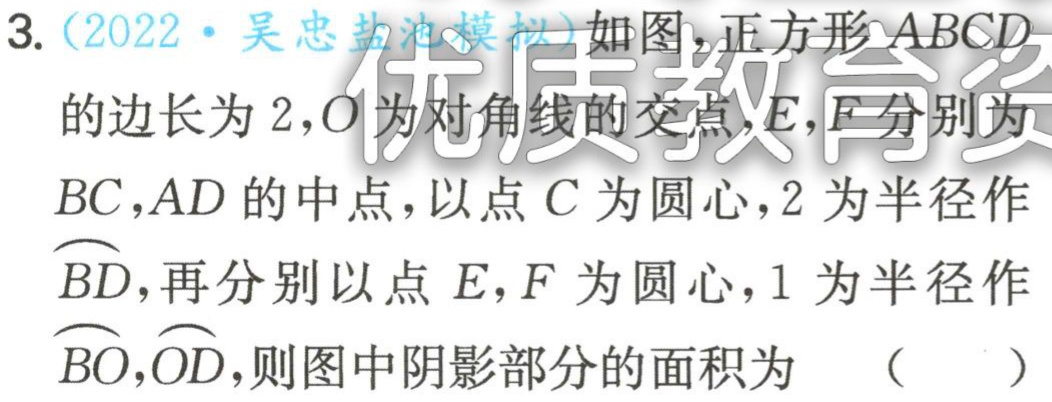
3.（2022·吴忠盐池模拟）如图，正方形\(ABCD\)的边长为\(2\)，\(O\)为对角线的交点，\(E,F\)分别为\(BC,AD\)的中点，以点\(C\)为圆心，\(2\)为半径作\(\overset{\frown}{BD}\)，再分别以点\(E,F\)为圆心，\(1\)为半径作\(\overset{\frown}{BO},\overset{\frown}{OD}\)，则图中阴影部分的面积为 （  ）